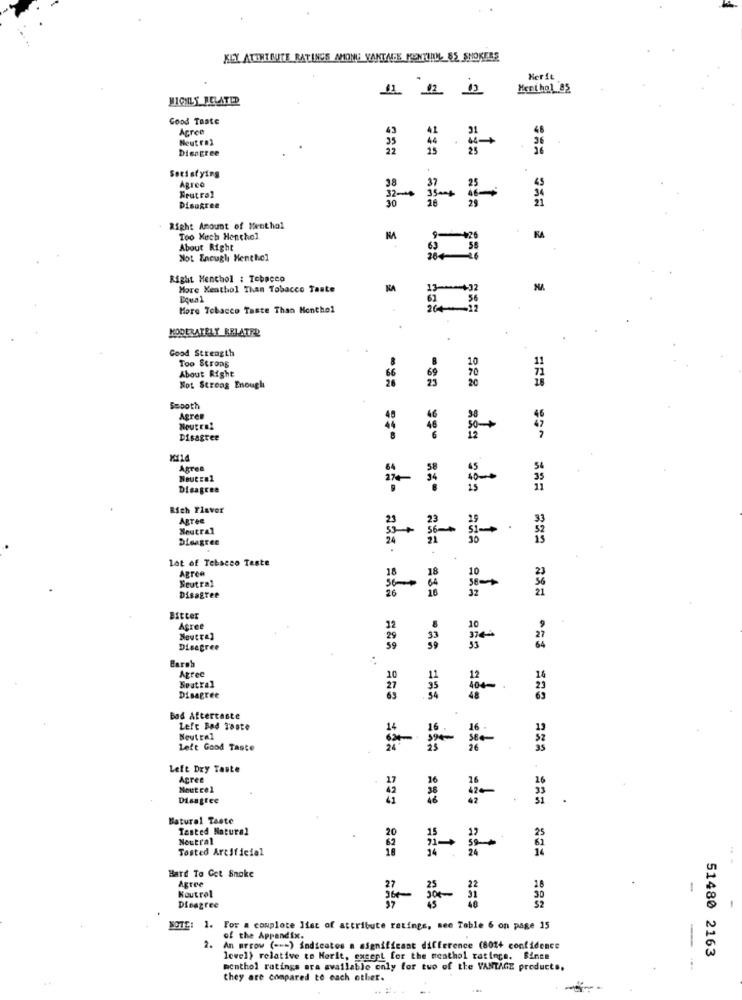
KEY ATININUJTE RATINGS AMONG VANTAGE MENTIALL, 85 SHOKERS
Herit
Ment hol 85
HIGHLY RELATED
Good Taste
Agree
Neut roz
Dieagree
Satisfying
Agree
Frutrol
34
Disagree
Right Amount of Menthol
Too Much Henthel
2
About Right
Not Enough Menthol
Right Menchol : Tobacco
More Menthol Than Tobacco Taste
NA
13
MA
Equal
More Tobacco Taste Than Monthol
264 12
MODERATELY RELATED
Good Strength
Too Stroms
About Right
Not. Strong Enough
828
Sepoth
Agree
Neutral
Disagree
=== ===
Agres
Nout Fel
Disagree
Rich Flavor
Agree
Neutral
Disagree
lot of Tebacco Teste
18
10
Neutral
Agree
64
Disagree
26
32
Bitter
Agree
33
Disagree
59
Barab
Agree
10
11
12
Seutral
Disagree
=== === === === === === == 3
Bad Aftertaste
Left Bad Taste
Neutral
Left Good Taste
Left Dry Taste
Agree
Neut ce 1
Disagree
2 **
33
Batural Taste
Tested Natural
Neutral
Tosted Artificial
1.
Hard To Get Snoke
Agree
Koutrol
Disagree
SOTE: 1. For a complete list of attribute ratings, see Table 6 on page 15
of the Appendix.
2. An arrow ( === ) indicates a significant difference (801+ confidence
51480 2163
level) relative to Herit, except for the meathol ratings. Since
menthol ratings ara available only for tuo of the VANTAGE products.
--
they are compared to each other.